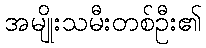
အမျိုးသမီးတစ်ဦး၏